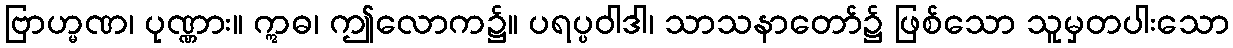
ဗြာဟ္မဏ၊ ပုဏ္ဏား။ ဣဓ၊ ဤလောက၌။ ပရပ္ပဝါဒါ၊ သာသနာတော်၌ ဖြစ်သော သူမှတပါးသော